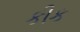
કીક